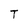
Character: T